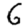
Digit: 6